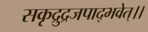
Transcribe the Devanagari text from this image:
सकृद्रुद्रजपाद्भवेत्।।